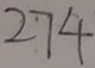
2 7 4